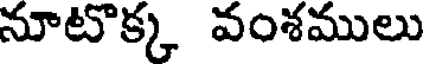
నూటొక్క వంశములు